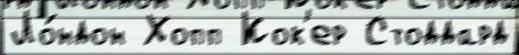
Ло́ндон Хопп Кок'ер Стоддард